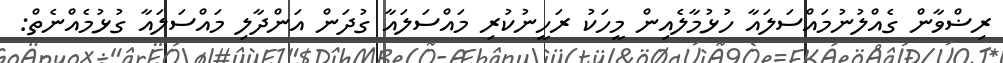
ރިޟްވާން ގެއްލުނުމައްސަލައާ ހުޅުމާލެއިން މީހަކު ރަހީނުކުރި މައްސަލައާ ގުދަން އަންދާލި މައްސަލައާ ގުޅުމެއްނެތް: